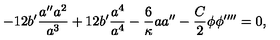
- 1 2 b ^ { \prime } \frac { a ^ { \prime \prime } a ^ { 2 } } { a ^ { 3 } } + 1 2 b ^ { \prime } \frac { a ^ { 4 } } { a ^ { 4 } } - \frac { 6 } { \kappa } a a ^ { \prime \prime } - \frac { C } { 2 } \phi \phi ^ { \prime \prime \prime \prime } = 0 ,